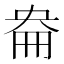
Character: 𡘦